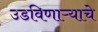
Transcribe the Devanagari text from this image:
उडविणाऱ्याचे